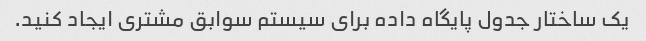
یک ساختار جدول پایگاه داده برای سیستم سوابق مشتری ایجاد کنید.